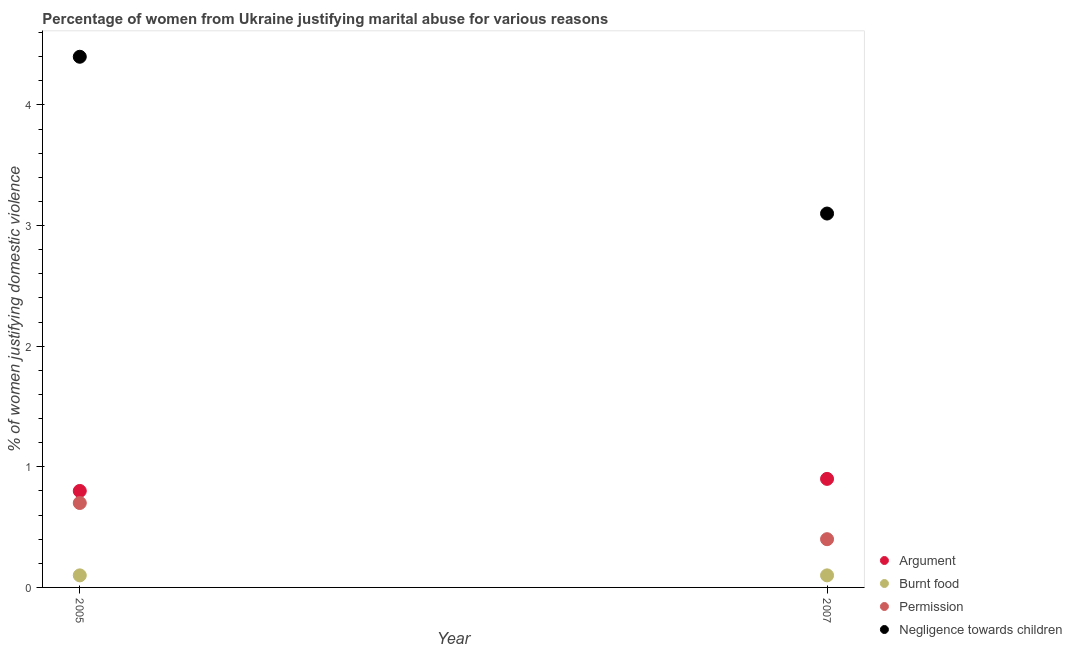
| Year | Argument | Burnt food | Permission | Negligence towards children |
 | --- | --- | --- | --- | --- |
 | 2005 | 0.8 | 0.1 | 0.7 | 4.4 |
 | 2007 | 0.9 | 0.1 | 0.4 | 3.1 |